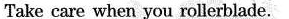
Take care when you rollerblade.